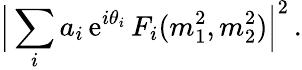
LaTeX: \Big|\sum_{i}a_{i}\, \mathrm{e}^{i\theta_{i}}\, F_{i}(m_{1}^{2},m_{2}^{2})\Big|^{2}\, .